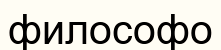
философо